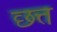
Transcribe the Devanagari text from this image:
छत्त